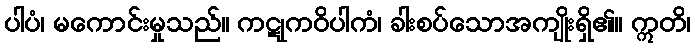
ပါပံ၊ မကောင်းမှုသည်။ ကဋုကဝိပါကံ၊ ခါးစပ်သောအကျိုးရှိ၏။ ဣတိ၊